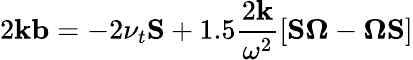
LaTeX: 2\mathbf{k}\mathbf{{b}}=-2\nu_{t}\mathbf{{S}}+1.5\frac{{2\mathbf{k}}}{{\omega^{2}}}\left[\mathbf{{S}}\boldsymbol{\Omega}-\boldsymbol{\Omega}\mathbf{{S}}\right]